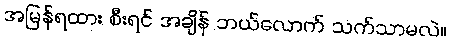
အမြန်ရထား စီးရင် အချိန် ဘယ်လောက် သက်သာမလဲ။